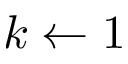
k \leftarrow 1